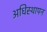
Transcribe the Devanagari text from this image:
अधिस्थापन